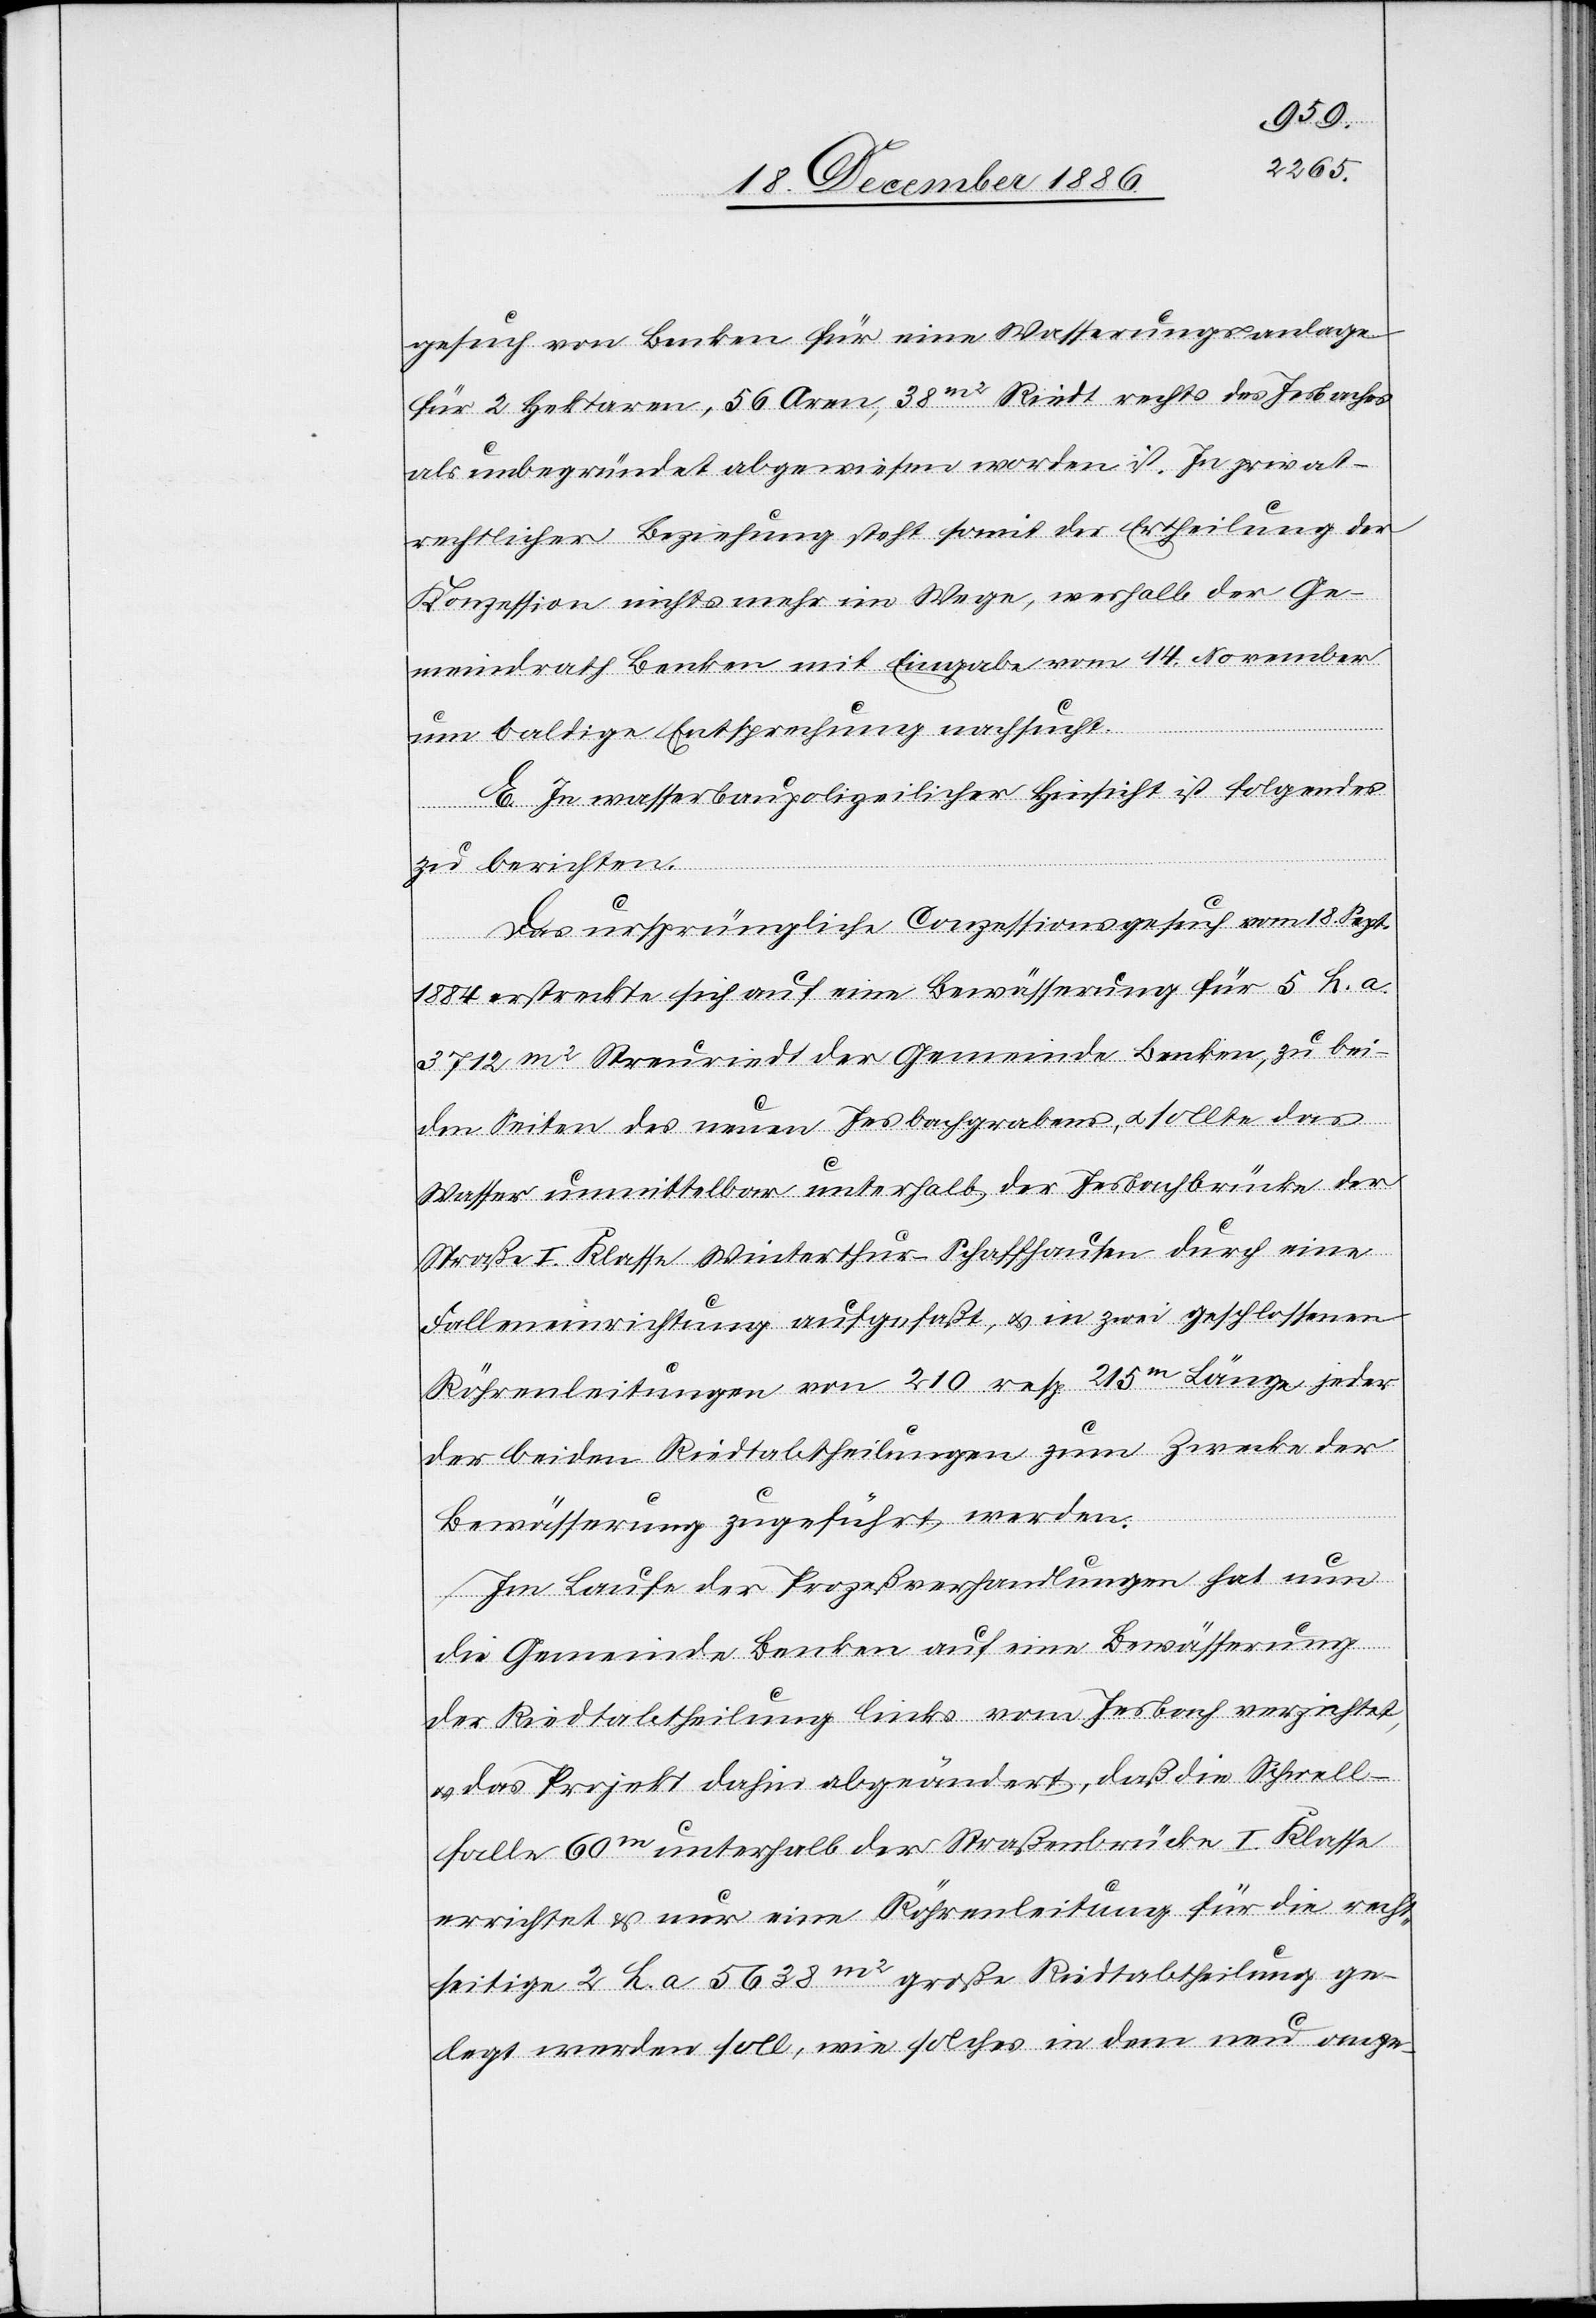
gesuch von Benken für eine Wässerungsanlage
für 2 Hektaren, 56 Aren, 38m2 Riedt rechts des Jesbaches
als unbegründet abgewiesen worden ist. In privat¬
rechtlicher Beziehung steht somit der Ertheilung der
Konzession nichts mehr im Wege, weshalb der Ge¬
meindrath Benken mit Eingabe vom 14. November
um baldige Entsprechung nachsucht.
E. In wasserbaupolizeilicher Hinsicht ist folgendes
zu berichten.
Das ursprüngliche Conzessionsgesuch vom 18. Sept.
184 erstreckte sich auf eine Bewässerung für 5 h. a.
3712 m2 Streuriedt der Gemeinde Benken, zu bei¬
den Seiten des neuen Jesbachgrabens, & sollte das
Wasser unmittelbar unterhalb der Jesbachbrücke der
Straße I. Klasse Winterthur–Schaffhausen durch eine
Falleneinrichtung aufgefaßt, & in zwei geschlossenen
Röhrenleitungen von 210 resp. 215m Länge jeder
der beiden Riedtabtheilungen zum Zwecke der
Bewässerung zugeführt werden.
Im Laufe der Prozeßverhandlungen hat nun
die Gemeinde Benken auf eine Bewässerung
der Riedtabtheilung links vom Jesbach verzichtet,
& das Projekt dahin abgeändert, daß die Schwell¬
falle 60m unterhalb der Straßenbrücke I. Klasse
errichtet & nur eine Röhrenleitung für die recht¬
seitige 2 h. a 5638m2 große Riedtabtheilung ge¬
legt werden soll, wie solches in dem neu ange-